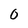
Character: 0